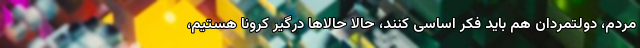
مردم، دولتمردان هم باید فکر اساسی کنند، حالا حالاها درگیر کرونا هستیم،